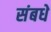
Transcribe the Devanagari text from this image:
संबधे